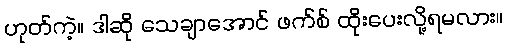
ဟုတ်ကဲ့။ ဒါဆို သေချာအောင် ဖက်စ် ထိုးပေးလို့ရမလား။